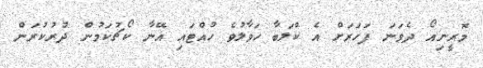
މޮރީނިއޯ ދެވަނަ ފަހަރަށް އެ ކްލަބާ ހަވާލުވެ ހުއްޓައި އޭނާ ކޯޗުކަމުން ދުރުކުރަން